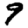
Digit: 9